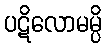
ပဋိလောမမ္ပိ